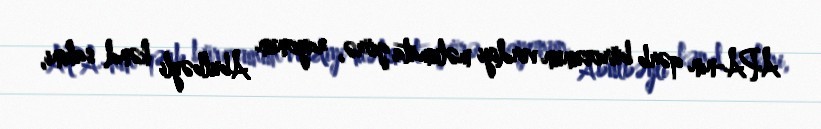
APA-nın qərb bürosunun verdiyi məlumаta görə, rayonun Abulbəyli kənd sakini,